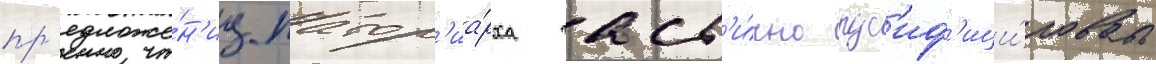
пр'едложе́н'иу патр'иа́рха част'и́чно рус'иф'ици́ровать